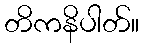
တိကနိပါတ်။